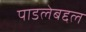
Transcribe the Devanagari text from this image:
पाडलेबद्दल